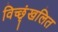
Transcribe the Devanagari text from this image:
विच्छृंखलित